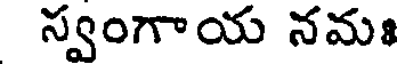
స్వంగాయ నమః